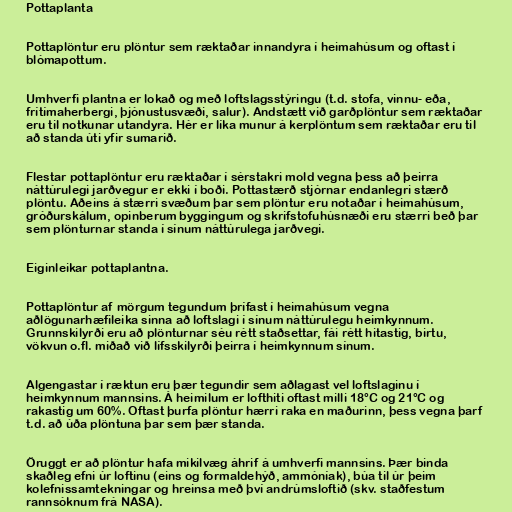
Pottaplanta

Pottaplöntur eru plöntur sem ræktaðar innandyra í heimahúsum og oftast í
blómapottum.

Umhverfi plantna er lokað og með loftslagsstýringu (t.d. stofa, vinnu- eða,
frítímaherbergi, þjónustusvæði, salur). Andstætt við garðplöntur sem ræktaðar
eru til notkunar utandyra. Hér er líka munur á kerplöntum sem ræktaðar eru til
að standa úti yfir sumarið.

Flestar pottaplöntur eru ræktaðar í sérstakri mold vegna þess að þeirra
náttúrulegi jarðvegur er ekki í boði. Pottastærð stjórnar endanlegri stærð
plöntu. Aðeins á stærri svæðum þar sem plöntur eru notaðar í heimahúsum,
gróðurskálum, opinberum byggingum og skrifstofuhúsnæði eru stærri beð þar
sem plönturnar standa í sínum náttúrulega jarðvegi.

Eiginleikar pottaplantna.

Pottaplöntur af mörgum tegundum þrífast í heimahúsum vegna
aðlögunarhæfileika sinna að loftslagi í sínum náttúrulegu heimkynnum.
Grunnskilyrði eru að plönturnar séu rétt staðsettar, fái rétt hitastig, birtu,
vökvun o.fl. miðað við lífsskilyrði þeirra í heimkynnum sínum.

Algengastar í ræktun eru þær tegundir sem aðlagast vel loftslaginu í
heimkynnum mannsins. Á heimilum er lofthiti oftast milli 18°C og 21°C og
rakastig um 60%. Oftast þurfa plöntur hærri raka en maðurinn, þess vegna þarf
t.d. að úða plöntuna þar sem þær standa.

Öruggt er að plöntur hafa mikilvæg áhrif á umhverfi mannsins. Þær binda
skaðleg efni úr loftinu (eins og formaldehýð, ammóníak), búa til úr þeim
kolefnissamtekningar og hreinsa með því andrúmsloftið (skv. staðfestum
rannsóknum frá NASA).